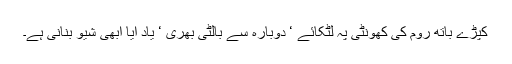
کپڑے باتھ روم کی کھونٹی پہ لٹکائے ‘ دوبارہ سے بالٹی بھری ‘ یاد آیا ابھی شیو بنانی ہے۔